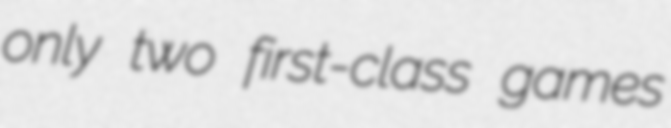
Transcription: only two first-class games